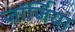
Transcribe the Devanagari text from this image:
जाॅर्जिया